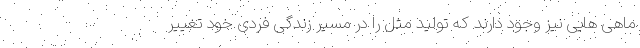
ماهی هایی نیز وجود دارند که تولید مثل را در مسیر زندگی فردی خود تغییر